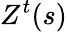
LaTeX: Z^{t}(s)